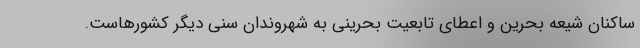
ساکنان شیعه بحرین و اعطای تابعیت بحرینی به شهروندان سنی دیگر کشورهاست.